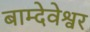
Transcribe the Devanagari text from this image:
बाम्देवेश्वर